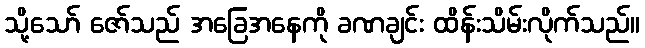
သို့သော် ဇော်သည် အခြေအနေကို ခဏချင်း ထိန်းသိမ်းလိုက်သည်။